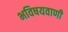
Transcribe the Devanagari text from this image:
भविषयवाणी